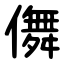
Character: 儛